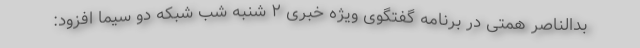
بدالناصر همتی در برنامه گفتگوی ویژه خبری ۲ شنبه شب شبکه دو سیما افزود: